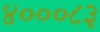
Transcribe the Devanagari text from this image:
४०००८३